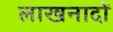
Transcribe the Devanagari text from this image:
लाखनादों